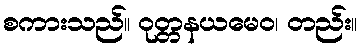
စကားသည်။ ဝုတ္တနယမေဝ၊ တည်း။